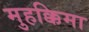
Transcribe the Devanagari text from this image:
मुहक्किमा